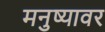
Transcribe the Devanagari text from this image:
मनुष्यावर